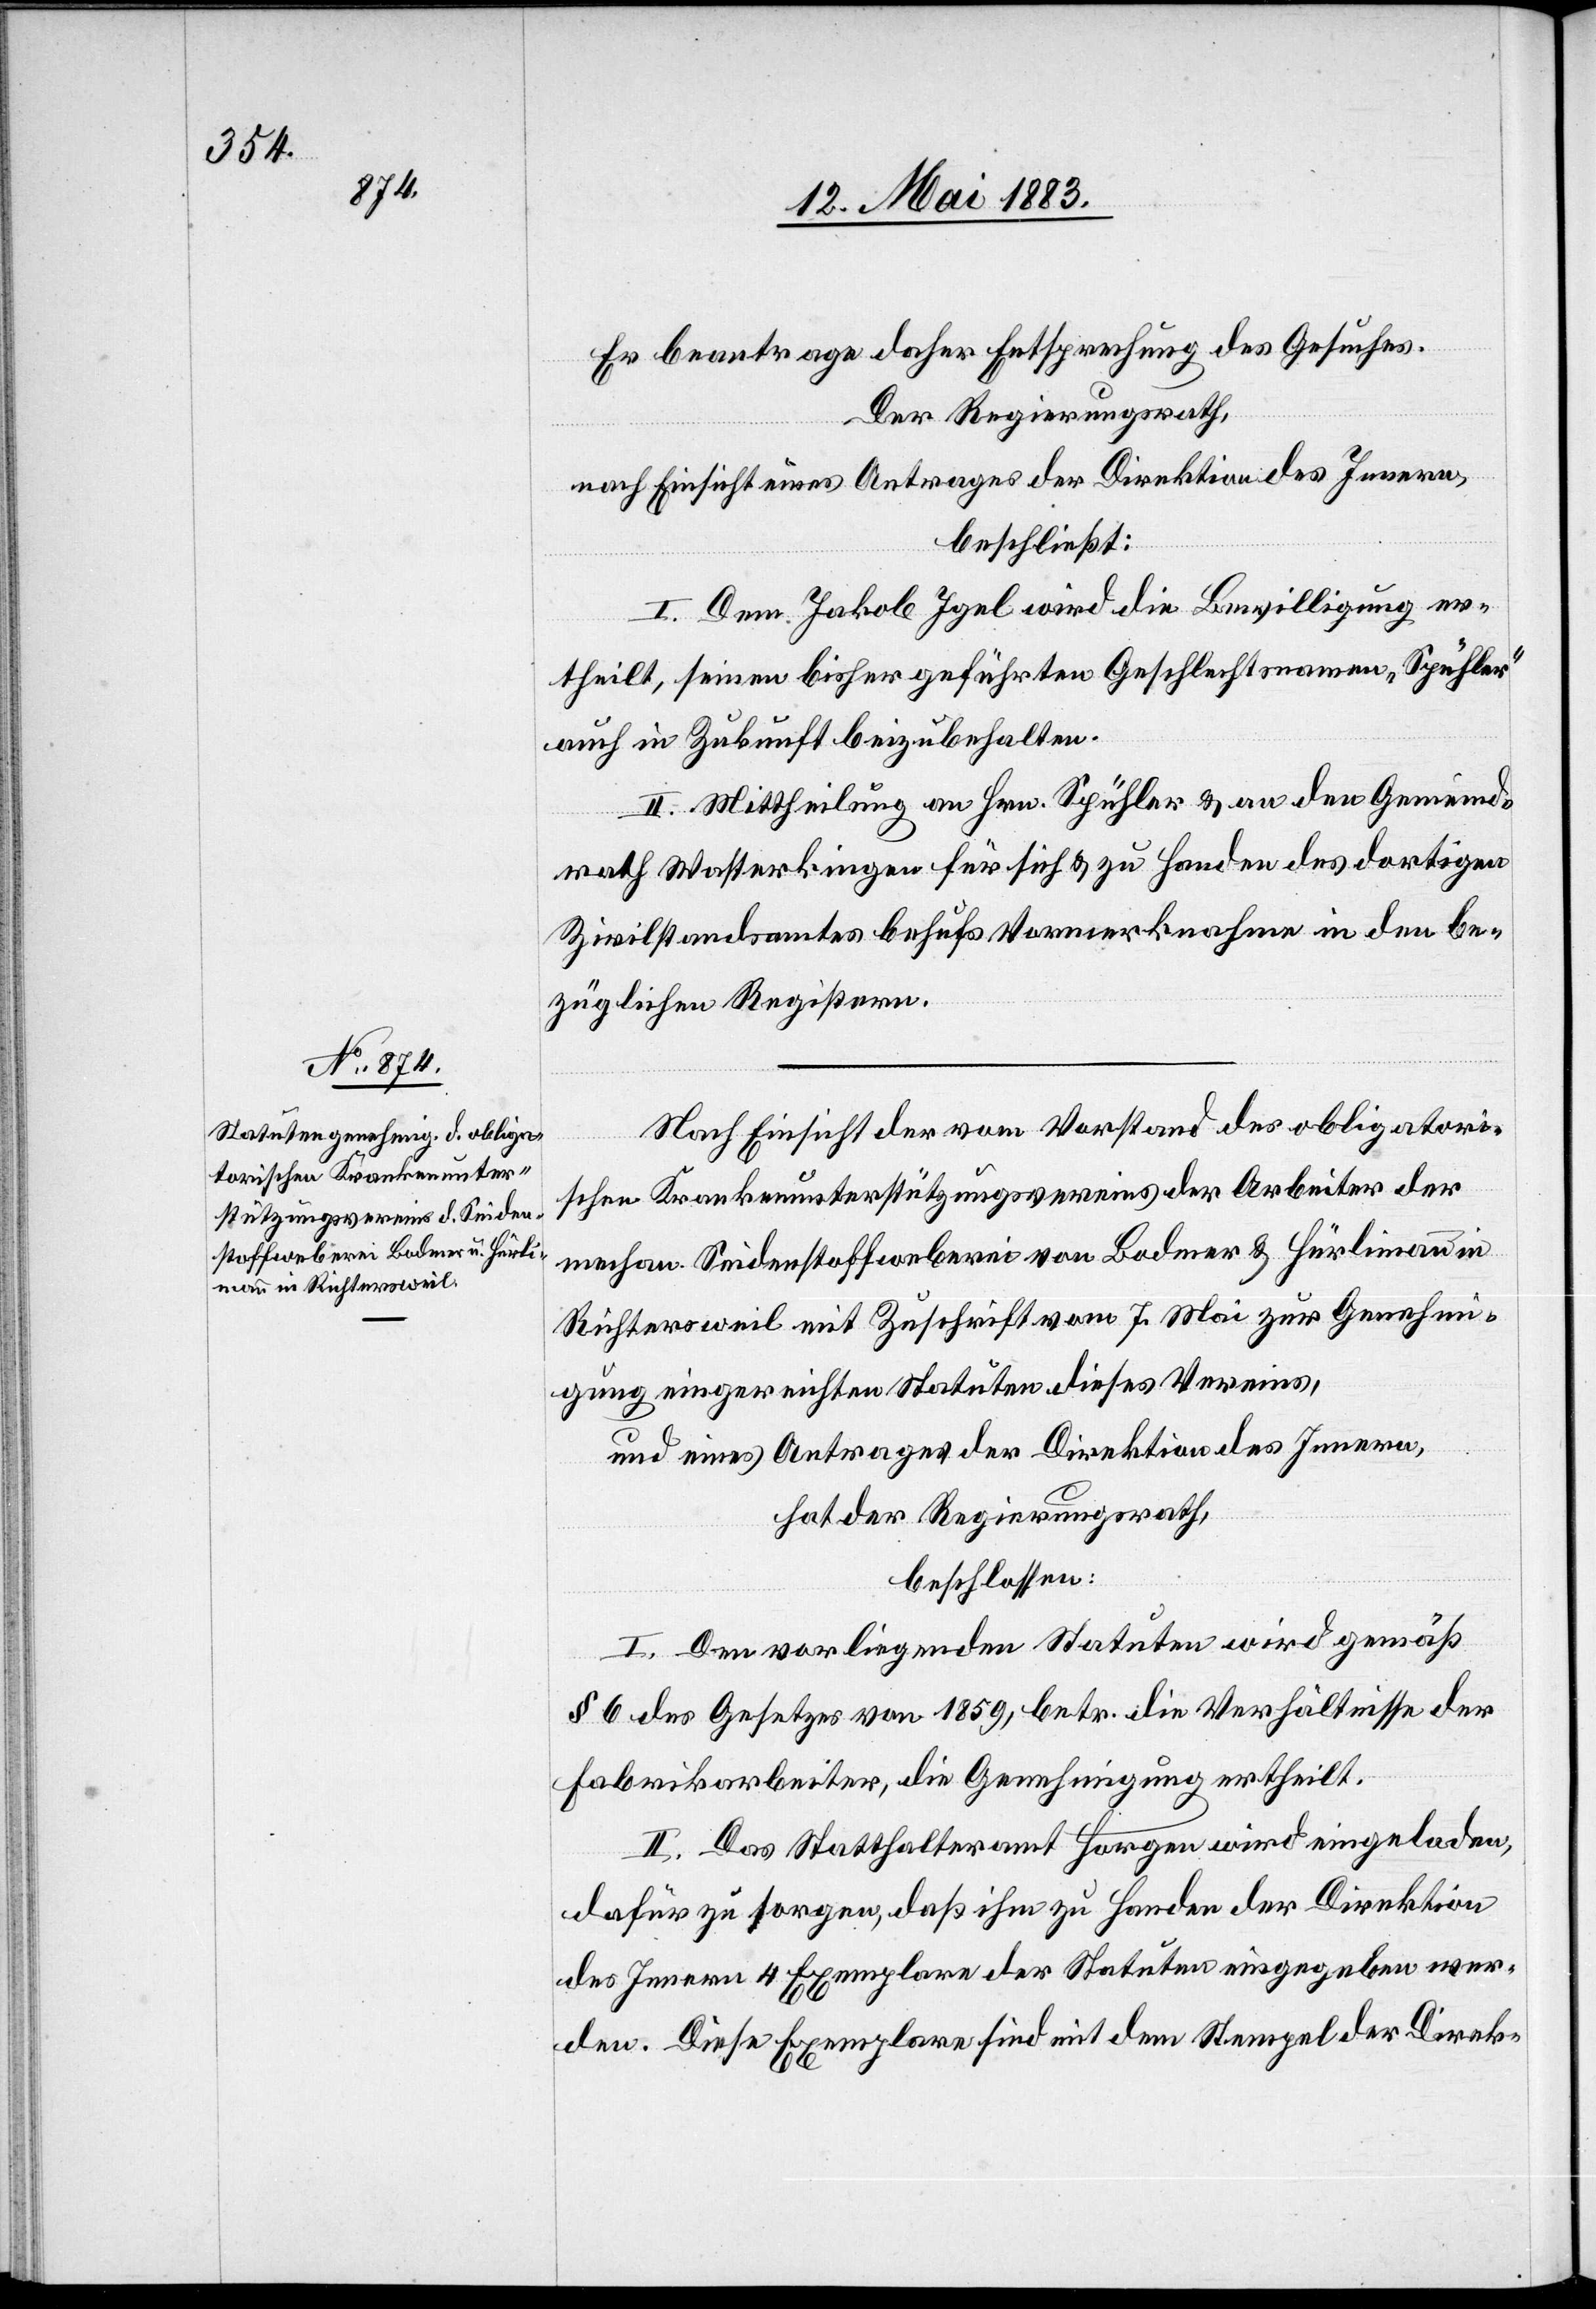
Er beantrage daher Entsprechung des Gesuches.
Der Regierungsrath,
nach Einsicht eines Antrages der Direktion des Innern,
beschließt:
I. Dem Jakob Igel wird die Bewilligung er¬
theilt, seinen bisher geführten Geschlechtsnamen „Spühler“
auch in Zukunft beizubehalten.
II. Mittheilung an Hrn. Spühler & an den Gemeind¬
rath Wasterkingen für sich & zu Handen des dortigen
Zivilstandsamtes behufs Vormerknahme in den be¬
züglichen Registern.
Nach Einsicht der vom Vorstand des obligatori¬
schen Krankenunterstützungsvereins der Arbeiter der
mechan. Seidenstoffweberei von Bodmer & Hürlimann in
Richtersweil mit Zuschrift vom 7. Mai zur Genehmi¬
gung eingereichten Statuten dieses Vereins,
und eines Antrages der Direktion des Innern,
hat der Regierungsrath,
beschlossen:
I. Den vorliegenden Statuten wird gemäß
§ 6 des Gesetzes von 1859, betr. die Verhältnisse der
Fabrikarbeiter, die Genehmigung ertheilt.
II. Das Statthalteramt Horgen wird eingeladen,
dafür zu sorgen, daß ihm zu Handen der Direktion
des Innern 4 Exemplare der Statuten eingegeben wer¬
den. Diese Exemplare sind mit dem Stempel der Direk-